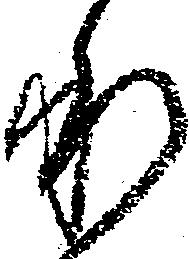
承